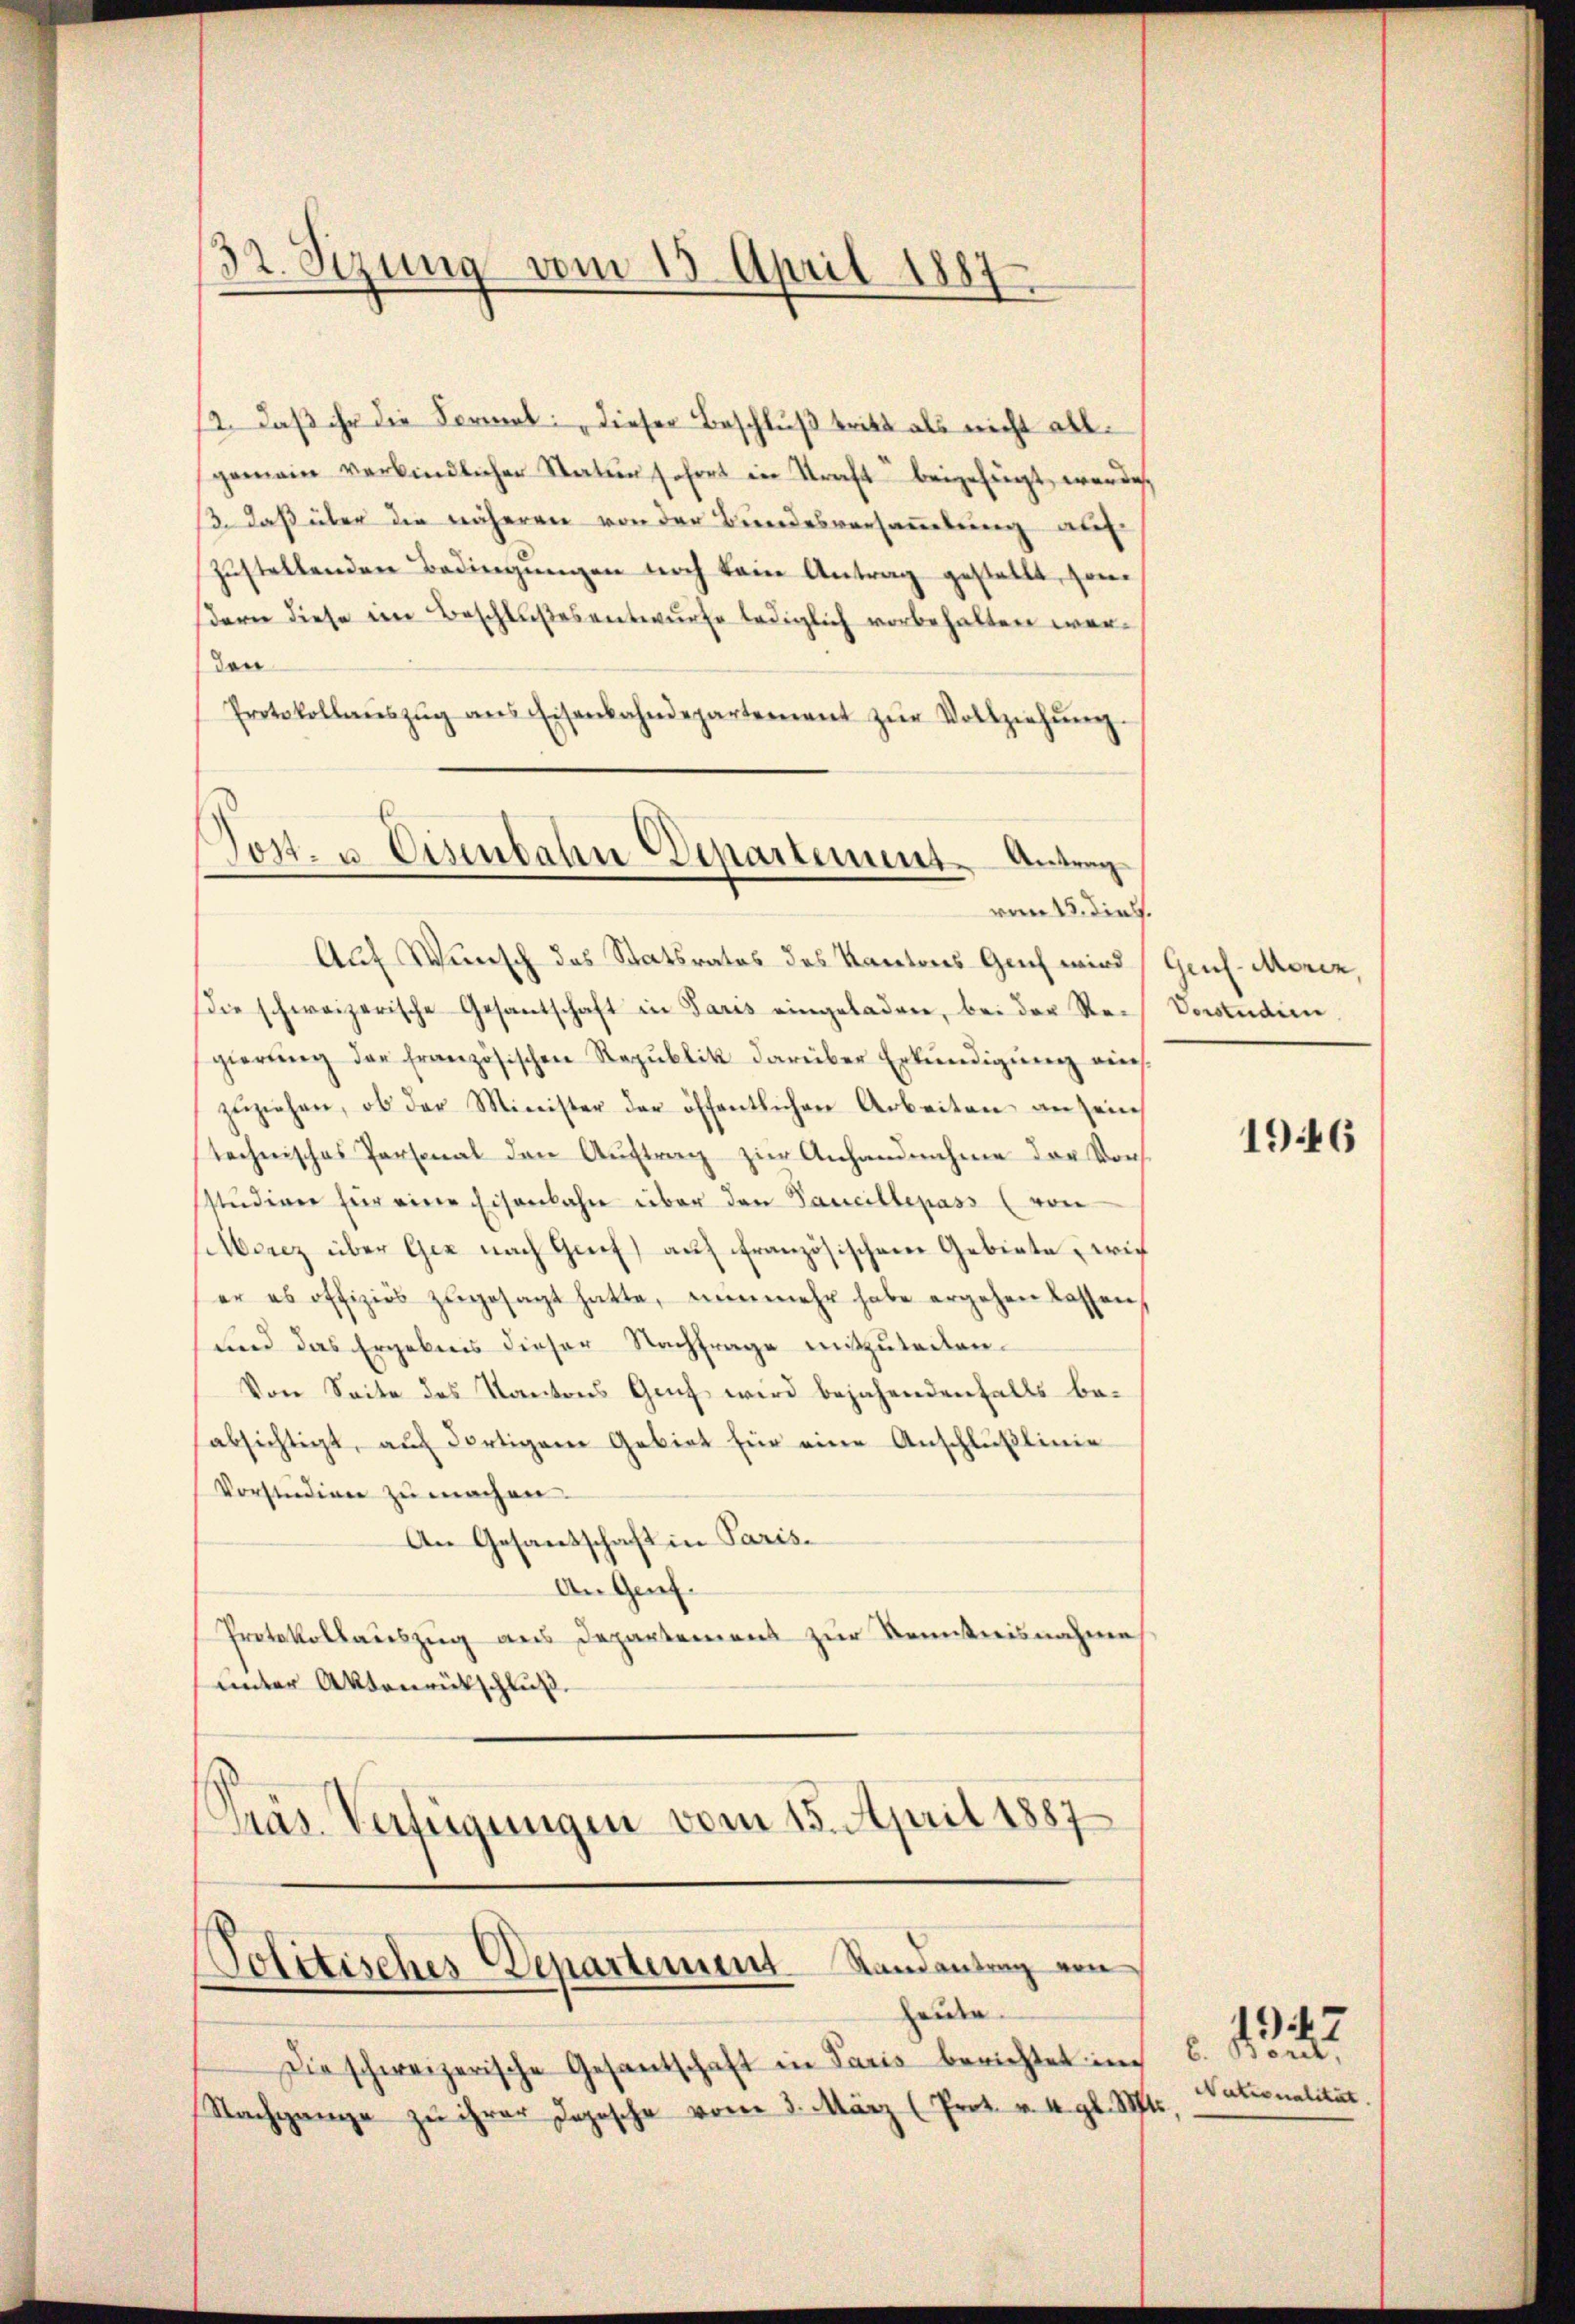
32. Sizung vom 15. April 1887

st, daß ihr die Format: „Dieser Beschluß tritt als nicht all
gemain verbindlicher Statŭr sofort in Straft beigefügt werde,
13. daß über die näheren von der Bundesversaṁlŭng auf
zustellenden Bedingungen noch kein Antrag gestellt, sodern diese im Beschlußesentwurfe lediglich vorbehalten werden
Protokollaŭszŭg ans Eisenbahndepartement zŭr Vollziehŭng.
Post- u. Eisenbahn Departement. Antrag

vom 15. dieß.
Auf Wunsch das Statsrates des Kantons Geich wird

die schweizerische Gesantschaft in Paris eingeladen, bei der Reis Vorstudien
gierung der französischen Republik darüber Erkundigung eins
zŭziehen, ob der Minister der öffentlichen Arbeiten an sein
technisches Personal den Auftrag zur Anhandnahme der Konstŭdiren für eine Eisenbahn über den Vanillepass (von
silberz über Gez nach Genf) auf französischen Gebiete, wie
er es offiziers zŭgesagt hatte, nunmehr habe ergehen lassen,
und das Ergebnis dieser Nachfrage mitzuteilen.
Von Seite des Kantons Genf wird bejahendenfalls beabsichtigt, auch dortigem Gebiet für eine Anschlüßlinie
Vorstudien zu machen.
An Gesandschaft in Paris.
An Genf.
Protokollauszug aus Departement zur Kenntnisnahme
unter Aktenrütschluß.
Grar. Verfügungen vom 15. April 1887

Politisches Departement Randantrag von
Leiden.

Die schweizerische Gesantschaft in Paris berichtet in
Nachgange zu ihrer Jopische vom 3. März (Prot. v. 4. gl. Mts.

Genf. Morez,

1946

6. d.
e
Nationalität.

1947